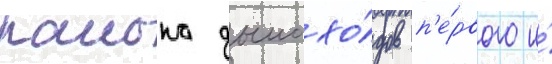
раиона дымохо́дов п'е́рвого и́